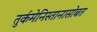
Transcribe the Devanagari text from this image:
तुर्कमेनिस्तानासोबत